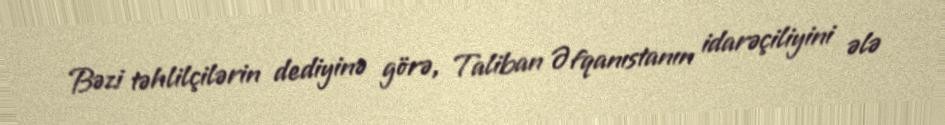
Bəzi təhlilçilərin dediyinə görə, Taliban Əfqanıstanın idarəçiliyini ələ